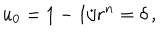
u _ { 0 } = 1 - 1 / r ^ { n } = \delta \, ,